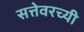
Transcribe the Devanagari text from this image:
सत्तेवरच्यी